NAE_ERA_R-2632_ENSV_TA_Emakeele_Selts_1945-1955, lk 65
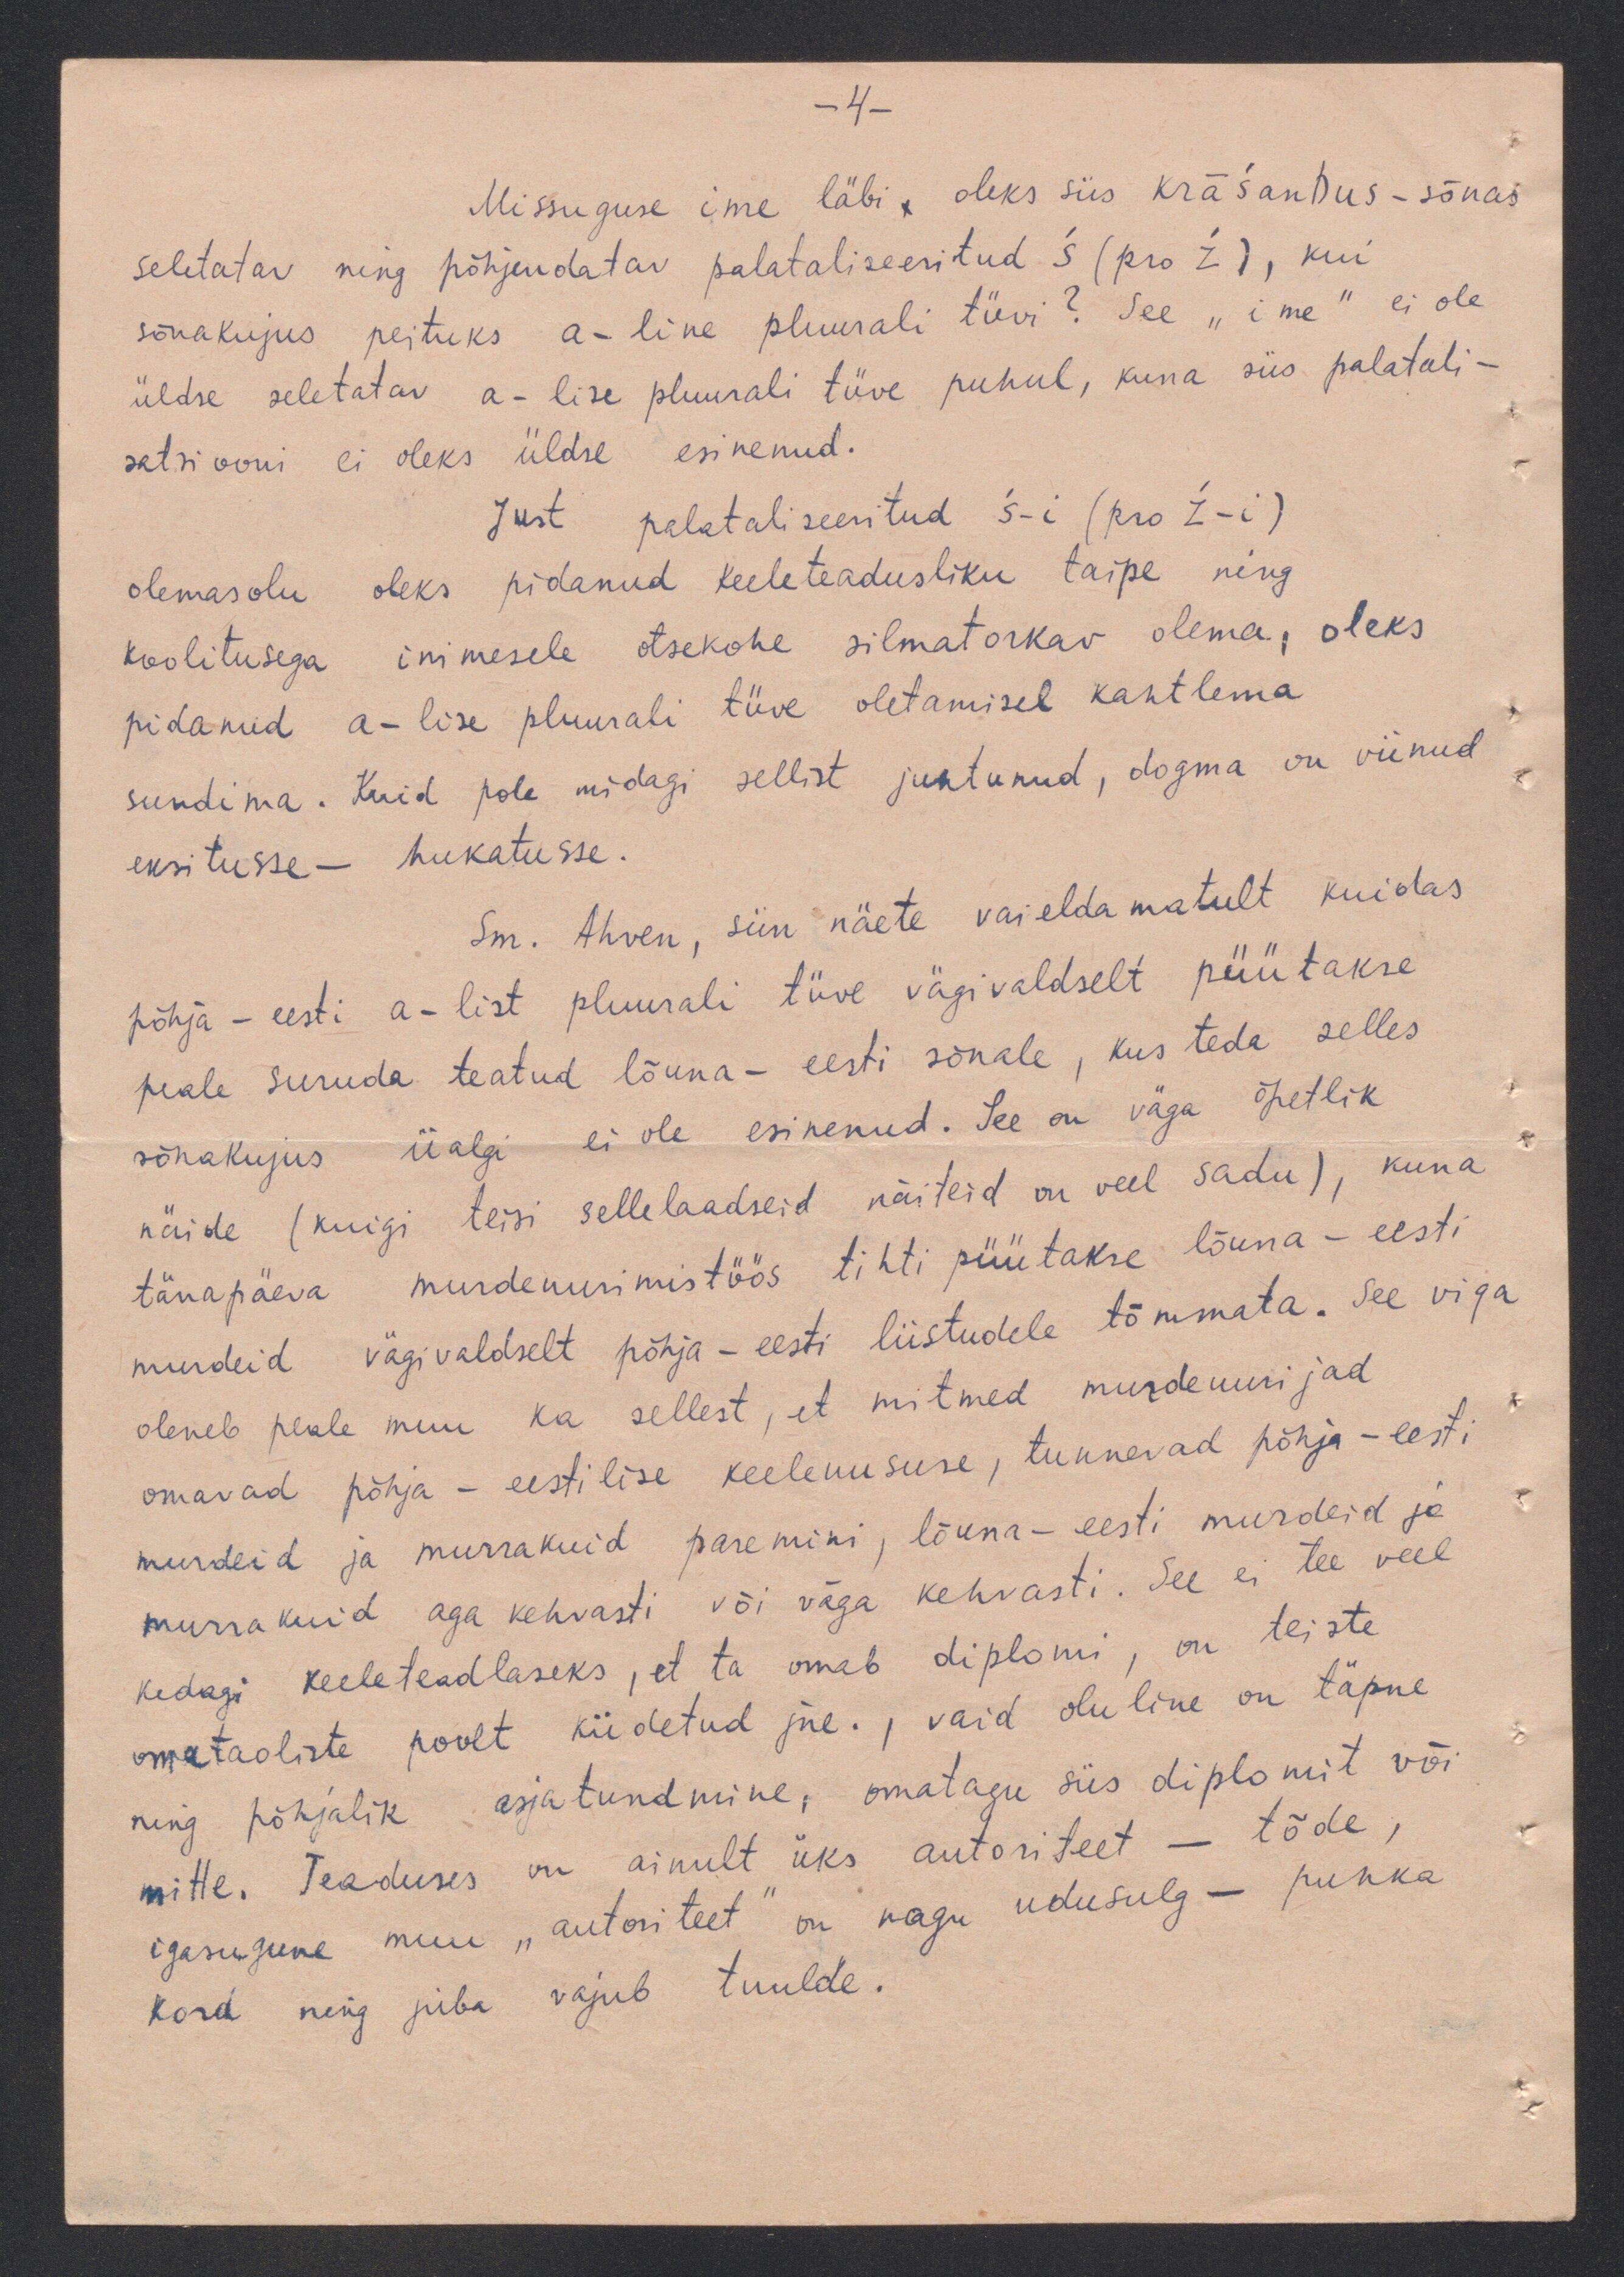
-4-
Missuguse ime läbi x oleks siis kräsandus - sõnas
seletatav ning põhjendatav palataliseeritud ś (pro ź), kui
sõnakujus peituks a-line pluurali tüvi? See "ime" ei ole
üldse seletatav a-lise pluurali tüve puhul, kuna siis palatati-
satsiooni ei oleks üldse esinenud.
Just palataliseeritud ś-i (pro ź-i)
olemasolu oleks pidanud keeleteadusliku taipe ning
koolitusega inimesele otsekohe silmatorkav olema, oleks
pidanud a-lise pluurali tüve oletamisel kahtlema
sundima. Kuid pole midagi sellist juhtunud, dogma on viinud
eksitusse - hukatusse.
Sm. Ahven, siin näete vaieldamatult kuidas
põhja - eesti a-list pluurali tüve vägivaldselt püütakse
peale suruda teatud lõuna - eesti sõnale, kus teda selles
sõnakujus iialgi ei ole esinenud. See on väga õpetlik
näide (kuigi teisi sellelaadseid näiteid on veel sadu), kuna
tänapäeva murdeuurimistöös tihti püütakse lõuna - eesti
murdeid vägivaldselt põhja - eesti liistudele tõmmata. See viga
oleneb peale muu ka sellest, et mitmed murdeuurijad
omavad põhja - eestilise keeleuususe, tunnevad põhja - eesti
murdeid ja murrakuid paremini, lõuna-eesti murdeid ja
murrakuid aga kehvasti või väga kehvasti. See ei tee veel
kedagi keeleteadlaseks, et ta omab diplomi, on teiste
omataoliste poolt kiidetud jne. , vaid oluline on täpne
ning põhjalik asjatundmine, omatagu siis diplomit või
mitte. Teaduses on ainult üks autoriteet - tõde,
igasugune muu „autoriteet" on nagu udusulg - puhka
kord ning juba vajub tuulde.